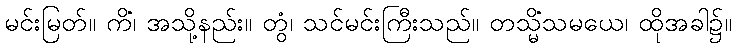
မင်းမြတ်။ ကိံ၊ အသို့နည်း။ တွံ၊ သင်မင်းကြီးသည်။ တသ္မိံသမယေ၊ ထိုအခါ၌။